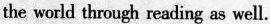
the world through reading as well.